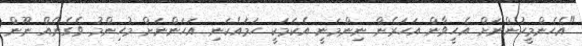
"އެހެންމީހުންނަށް އެހީވާން އަހަރެން ނިންމަނީ އެކަމަކީ ހަމައެކަނި އަހަންނަށް މުހިންމު ވެގެނެއް ނޫން